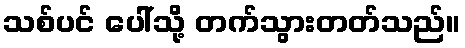
သစ်ပင် ပေါ်သို့ တက်သွားတတ်သည်။